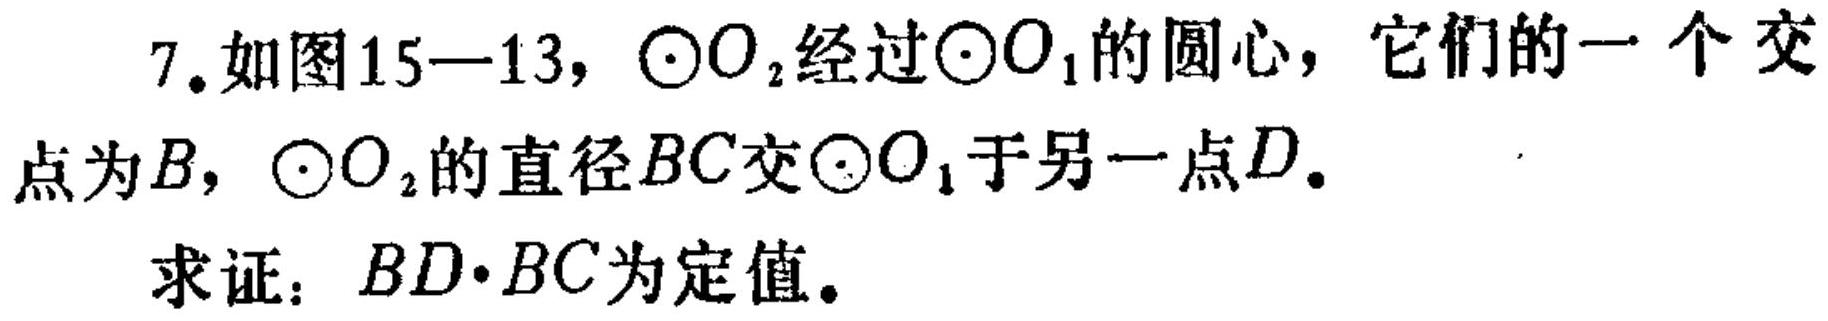
7.如图15—13，\(\odot O_{2}\)经过\(\odot O_{1}\)的圆心，它们的一个交
点为\(B\)，\(\odot O_{2}\)的直径\(BC\)交\(\odot O_{1}\)于另一点\(D\)。

求证：\(BD\cdot BC\)为定值。